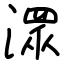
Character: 潀